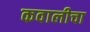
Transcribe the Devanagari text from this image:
कवालीचा